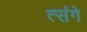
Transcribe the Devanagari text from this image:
त्संगे